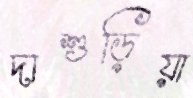
দাশুড়িয়া